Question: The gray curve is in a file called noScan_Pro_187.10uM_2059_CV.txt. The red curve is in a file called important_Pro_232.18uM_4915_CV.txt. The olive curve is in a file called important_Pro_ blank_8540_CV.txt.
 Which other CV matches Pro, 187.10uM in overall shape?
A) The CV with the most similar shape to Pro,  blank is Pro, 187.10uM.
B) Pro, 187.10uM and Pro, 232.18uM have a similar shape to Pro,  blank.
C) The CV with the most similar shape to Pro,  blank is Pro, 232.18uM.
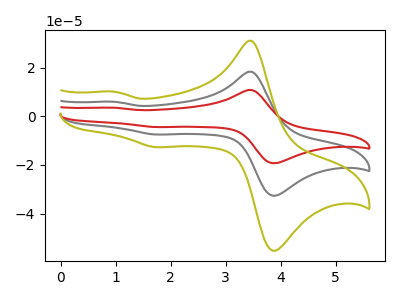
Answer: <think>The gray curve "Pro, 187.10uM" has anodic peaks at (3.50V, 18.30uA) (1.00V, 6.00uA) and cathodic peaks at (3.95V, -32.35uA) (1.75V, -7.50uA). The red curve "Pro, 232.18uM" has anodic peaks at (3.50V, 36.60uA) (1.00V, 11.95uA) and cathodic peaks at (3.95V, -64.70uA) (1.75V, -15.00uA). The olive curve "Pro,  blank" has anodic peaks at (3.50V, 31.00uA) (1.00V, 10.15uA) and cathodic peaks at (3.95V, -54.75uA) (1.75V, -12.70uA).
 All the peaks in "Pro, 187.10uM" have a peak in "Pro, 232.18uM" at the same potential. Every peak in "Pro, 187.10uM" is lower than every peak in "Pro, 232.18uM". All the peaks in "Pro, 187.10uM" have a peak in "Pro,  blank" at the same potential. Every peak in "Pro, 187.10uM" is lower than every peak in "Pro,  blank". All the peaks in "Pro, 232.18uM" have a peak in "Pro,  blank" at the same potential. Every peak in "Pro, 232.18uM" is higher than every peak in "Pro,  blank".</think>
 <answer>B) "Pro, 187.10uM" and "Pro, 232.18uM" have a similar shape to "Pro,  blank".</answer>
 <eval>B</eval>